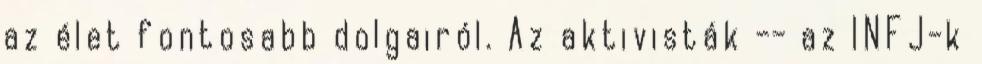
az élet fontosabb dolgairól. Az aktivisták -- az INFJ-k